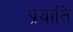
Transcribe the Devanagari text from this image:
प्रयाति